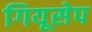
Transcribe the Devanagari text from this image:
गियूसेप